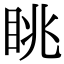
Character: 眺